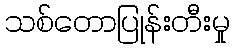
သစ်တောပြုန်းတီးမှု